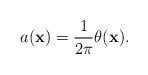
LaTeX: \begin{align*}a({\bf x})=\frac{1 }{2\pi}\theta({\bf x}).\end{align*}